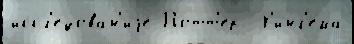
иссл'е́дован'иjе Потт'ер  Х'инг'ема